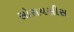
સોરાયસીસ